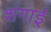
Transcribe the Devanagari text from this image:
शंगाई